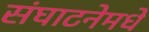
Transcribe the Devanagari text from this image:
संघाटनेमधे